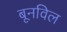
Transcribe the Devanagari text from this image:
बूनविल